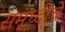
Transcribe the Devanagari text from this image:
समृध्‍दीचे